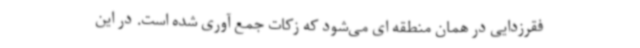
فقرزدایی در همان منطقه ای می‌شود که زکات جمع آوری شده است. در این